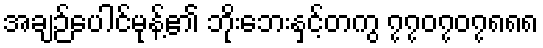
အချဉ်ပေါင်မုန့်၏ ဘိုးဘေးနှင့်တကွ ၇၇၀၇၀၇၈၈၈